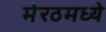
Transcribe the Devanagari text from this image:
मेरठमध्ये